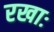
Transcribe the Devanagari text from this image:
रखाः